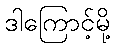
ဒါကြောင့်မို့